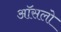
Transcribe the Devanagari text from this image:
ऑसलो